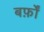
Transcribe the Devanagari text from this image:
बर्फ़ों